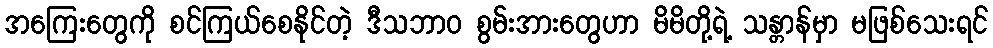
အကြေးတွေကို စင်ကြယ်စေနိုင်တဲ့ ဒီသဘာဝ စွမ်းအားတွေဟာ မိမိတို့ရဲ့ သန္တာန်မှာ မဖြစ်သေးရင်